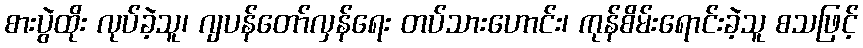
စားပွဲထိုး လုပ်ခဲ့သူ၊ ဂျပန်တော်လှန်ရေး တပ်သားဟောင်း၊ ကုန်စိမ်းရောင်းခဲ့သူ စသဖြင့်